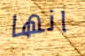
انها